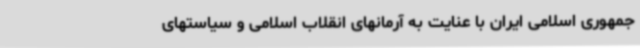
جمهوری اسلامی ایران با عنایت به آرمانهای انقلاب اسلامی و سیاستهای